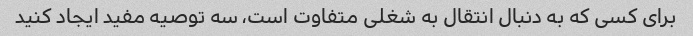
برای کسی که به دنبال انتقال به شغلی متفاوت است، سه توصیه مفید ایجاد کنید